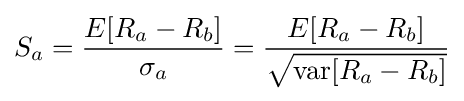
S_{a}={\frac {E[R_{a}-R_{b}]}{\sigma _{a}}}={\frac {E[R_{a}-R_{b}]}{\sqrt {\mathrm {var} [R_{a}-R_{b}]}}}